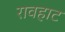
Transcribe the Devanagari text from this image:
रावहाट